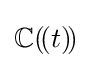
\mathbb {C} (\!(t)\!)